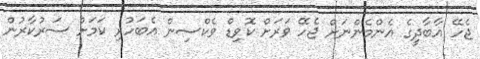
ޖެހޭ އާބާދީގެ އެންމެންނަށް ޖެހޭ ވަރަށް ކޮވިޑް ވެކްސިން އެބަހުރި ކަމަށް ސަރުކާރުން